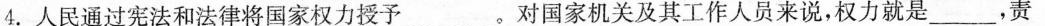
4.人民通过宪法和法律将国家权力授予___。对国家机关及其工作人员来说，权力就是___，责